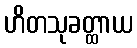
ဟိတသုခတ္ထာယ